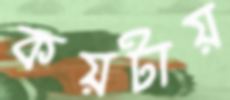
কয়টায়